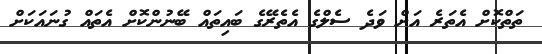
ތަތްކޮށް އެތަރެ އަށް ވަދެ ސެލްގެ އެތެރޭގެ ބައިތައް ބޭނުންކޮށް އެތައް ގުނައަކަށް